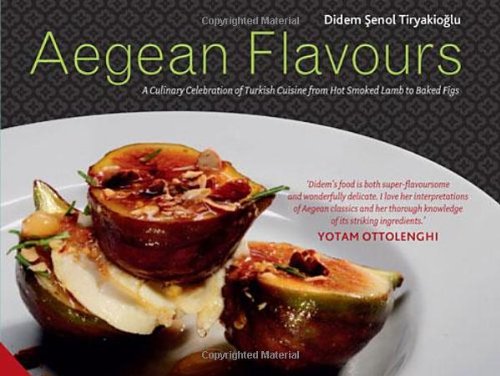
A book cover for Aegean Flavours: A Culinary Celebration of Turkish Cuisine from Hot Smoked Lamb to Baked Figs; Didem Senol; Travel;